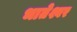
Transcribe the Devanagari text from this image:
भातेश्वर